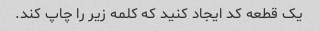
یک قطعه کد ایجاد کنید که کلمه زیر را چاپ کند.